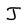
Character: J